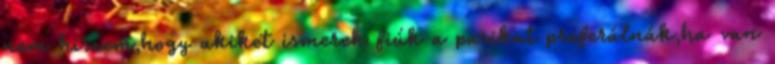
nem hiszem,hogy akiket ismerek fiúk a pasikat preferálnák,ha van